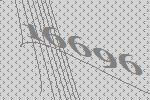
16696